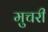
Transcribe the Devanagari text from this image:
मुचरी